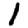
Digit: 1